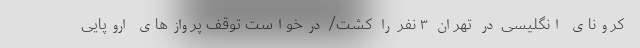
کرونای انگلیسی در تهران ۳ نفر را کشت/ درخواست توقف پروازهای اروپایی